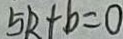
5 k + b = 0